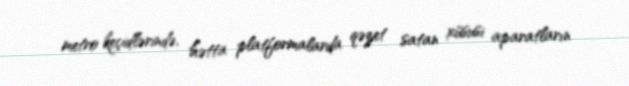
metro keçidlərində, hətta platformalarda qəzet satan xüsusi aparatların